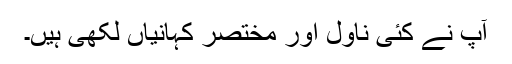
آپ نے کئی ناول اور مختصر کہانیاں لکھی ہیں۔